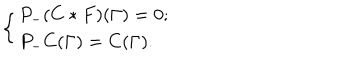
LaTeX: \left\{ \begin{array} { l c } { { P _ { - } ( C * F ) ( \Gamma ) = 0 ; } } \\ { { P _ { - } C ( \Gamma ) = C ( \Gamma ) . } } \\ \end{array} \right.